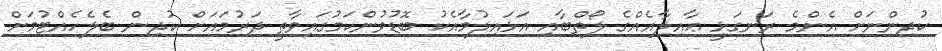
ކުދިންނަށް އެންމެ ރަނގަޅީ ޢާއިލާއެއްގެ ލޯތްބާއި އަޅައިލުމާއެކު ބޮޑުވުންކަމުގައިވާތީ ދަރުމައަށް ކުދިން ބެލެހެއްޓުމަށް